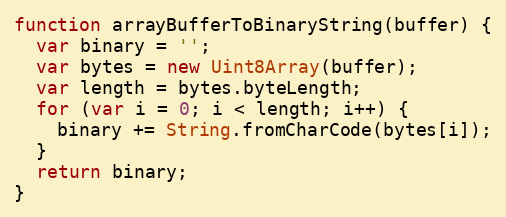
Language: JavaScript
function arrayBufferToBinaryString(buffer) {
  var binary = '';
  var bytes = new Uint8Array(buffer);
  var length = bytes.byteLength;
  for (var i = 0; i < length; i++) {
    binary += String.fromCharCode(bytes[i]);
  }
  return binary;
}